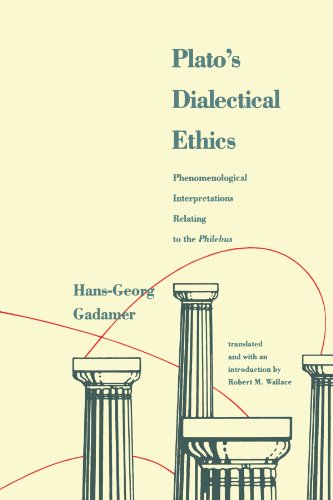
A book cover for Plato's Dialectical Ethics: Phenomenological Interpretations Relating to the Philebus; Hans-Georg Gadamer; Politics & Social Sciences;